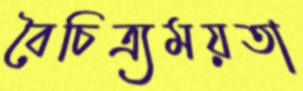
বৈচিত্র্যময়তা